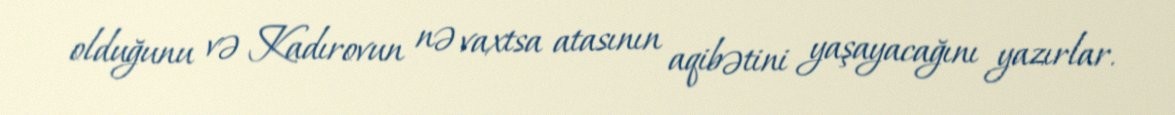
olduğunu və Kadırovun nə vaxtsa atasının aqibətini yaşayacağını yazırlar.